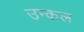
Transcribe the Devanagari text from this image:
उन्कल